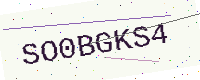
Text: SO0BGKS4